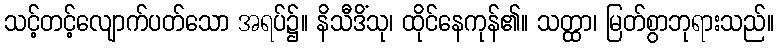
သင့်တင့်လျောက်ပတ်သော အရပ်၌။ နိသီဒိံသု၊ ထိုင်နေကုန်၏။ သတ္ထာ၊ မြတ်စွာဘုရားသည်။